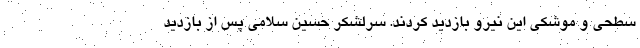
سطحی و موشکی این نیرو بازدید کردند. سرلشکر حسین سلامی پس از بازدید